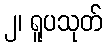
၂၊ ရူပသုတ်